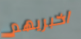
اخبريهم